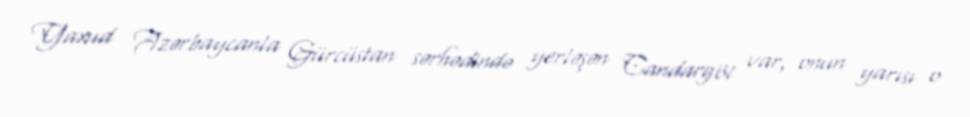
Yaxud Azərbaycanla Gürcüstan sərhədində yerləşən Candargöl var, onun yarısı o